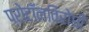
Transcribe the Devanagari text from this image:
प्रोटॉनविरोधी